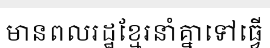
មានពលរដ្ឋខ្មែរនាំគ្នាទៅធ្វើ